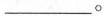
___。